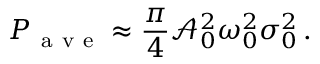
P _ { \mathrm { ~ a ~ v ~ e ~ } } \approx \frac { \pi } { 4 } \mathcal { A } _ { 0 } ^ { 2 } \omega _ { 0 } ^ { 2 } \sigma _ { 0 } ^ { 2 } \, .